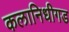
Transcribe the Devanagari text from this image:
कलानिधीगड